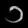
Digit: ၁